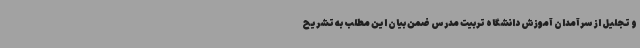
و تجلیل از سرآمدان آموزش دانشگاه تربیت مدرس ضمن بیان این مطلب به تشریح